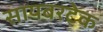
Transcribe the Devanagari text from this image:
सायबरटेक